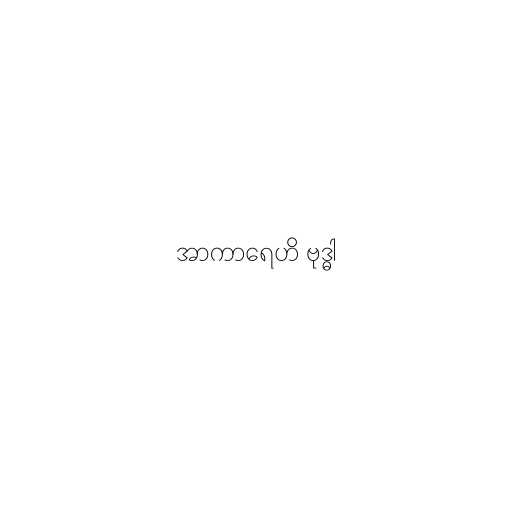
အာကာရေဟိ ဗုဒ္ဓါ